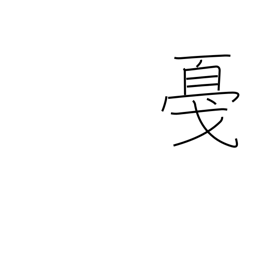
Meaning: tap or strike lightly